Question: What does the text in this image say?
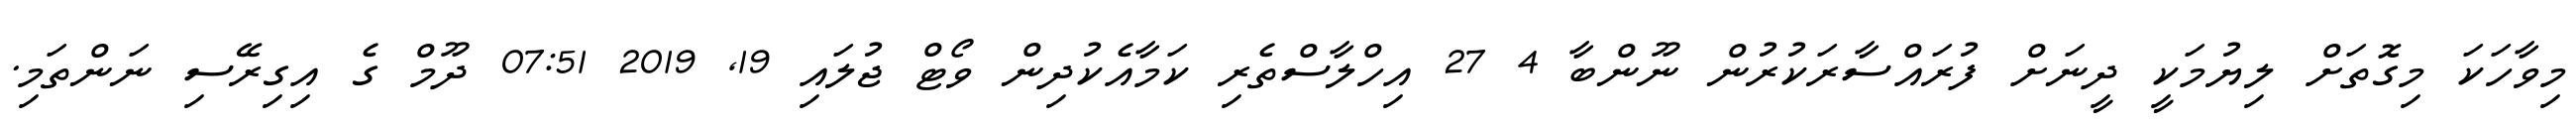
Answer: މިވާހަކަ މިގޮތަށް ލިޔުމަކީ ދީނަށް ފުރައްސާރަކުރުން ނޫންބާ 4 27 އިހްލާސްތެރި ކަމާއެކުދިން ވޯޓް ޖުލައި 19, 2019 07:51 ދޫމް ގެ އިގިރޭސި ނަންތަމި.